Civil Veterinary Dept. Bombay admin report 1893-99 - 1893-1899
Year: 1893
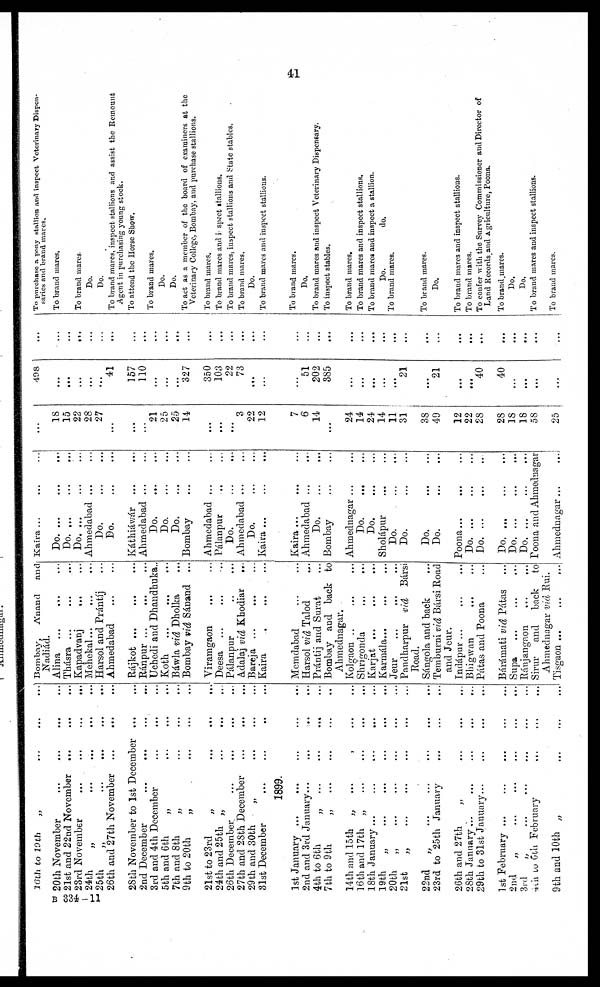
41
20th to 19th
„
...
...
...
20th November
...
...
...
...
21st and 22nd November
...
...
...
23rd November
...
...
...
...
24th
„
...
...
...
...
25th
„
...
...
...
...
26th and 27th November
...
...
...
28th November to 1st December
...
...
2nd December
...
...
...
...
3rd and 4th December
...
...
...
5th and 6th
„
...
...
...
7th and 8th
„
...
...
...
9th to 20th
„
...
...
...
21st to 23rd
„
...
...
...
24th and 25th „
...
...
...
26th December ... ... ... ...
27th and 28th December
...
...
...
29th and 30th
„
...
...
...
31st December ... ... ... ...
1899.
1st January
...
...
...
...
...
2nd and 3rd January
...
...
...
...
4th to 6th
„
...
...
...
...
7th to 9th
„
...
...
...
...
14th and 15th „
...
...
...
16th and 17th „
...
...
...
...
18th January ... ... ... ... ...
19th
„
...
...
...
...
...
20th
„
...
...
...
...
...
21st
„
...
...
...
...
...
22nd
„
...
...
...
...
...
23rd to 25th January
...
...
...
26th and 27th
„
...
...
...
28th January ... ... ... ... ...
29th to 31st January
...
...
...
...
1st February ...
2nd
„
...
...
...
...
...
3rd
„
...
...
...
...
...
4th
to 6th February ... ... ...
9th and 10th
„
...
...
...
Bombay,
A'nand
and
Nadiád.
Alina ... ... ...
Thásra
...
...
...
Kapadvanj
...
...
Mehekal
...
...
...
Harsol and Prántíj ...
Ahmedabad
...
...
Rájkot ... ... ...
Ránpur
...
...
...
Uchedi and Dhandhuka..
Koth
...
...
...
Báwla viâ Dholka ...
Bombay viâ Sánand ...
Viramgaon
...
...
Deesa ... ... ...
Pálanpur
..
...
Adalaj viâ Khodiar
...
Bareja ... ... ...
Kaira
.
...
...
Memdabad ... ...
Harsol viâ Talod ...
Prántij and Surat ...
Bombay and back to
Ahmednagar.
Kolgaon .. ... ...
Shrigonda
...
...
Karjat
...
...
...
Karmála... ... ...
Jeur ... ... ...
Pandharpur viâ Bársi
Road.
Sángola and back ...
Temburni viâ Bársi Road
and Jeur.
Indápur ... ... ...
Bhigwan ... ...
Pátas and Poona ...
Bárámati viâ Pátas ...
Supa ... ... ...
Ránjangaon
...
...
Sirur and back
to
Ahmednagar viâ Rui.
Tisgaon
...
...
...
Kaira ... ... ...
Do.
...
...
...
Do.
...
...
...
Do.
...
...
...
Ahmedabad ... ...
Do.
...
...
Do. ... ...
Káthiáwár
...
...
Ahmedabad
...
...
Do.
...
...
Do.
...
...
Do.
...
...
Bombay
...
...
Ahmedabad ... ...
Pálanpur ... ...
Do.
...
...
Ahmedabad ... ...
Do.
...
...
Kaira ... ... ...
Kaira ... ... ...
Ahmedabad
...
...
Do.
...
...
Bombay
...
...
Ahmednagar ... ...
Do.
...
...
Do.
...
...
Sholápur
...
...
Do.
...
...
Do.
...
...
Do.
...
...
Do.
...
...
Poona
...
...
...
Do.
...
...
...
Do. ... ... ...
Do. ... ... ...
Do.
...
...
...
Do. ... ... ...
Poona and Ahmednagar
Ahmednagar ... ...
...
18
15
22
28
27
...
...
...
21
25
25
14
...
...
...
3
22
12
7
6
14
...
24
14
24
14
11
31
38
49
12
22
28
28
18
18
58
25
498
...
...
...
...
...
41
157
110
...
...
...
327
350
103
22
73
...
...
...
51
202
385
...
...
...
...
...
21
...
21
...
...
40
40
...
...
...
...
...
...
...
...
...
...
...
...
...
. ...
...
...
...
...
...
...
...
...
...
...
...
...
...
...
...
...
...
...
...
...
...
...
...
...
...
...
...
...
...
To purchase a pony stallion and inspect Veterinary Dispen-
saries and brand mares.
To brand mares.
To brand mares.
Do.
Do.
To brand mares, inspect stallions and assist the Remount
Agent in purchasing young stock.
To attend the Horse Show.
To brand mares.
Do.
Do.
To act as a member of the board of examiners at the
Veterinary College, Bombay, and purchase stallions.
To brand mares.
To brand mare and inspect stallions.
To brand mare, inspect stallions and State stables.
To brand mares.
Do.
To brand mares and inspect stallions.
To brand mares.
Do.
To brand mares and inspect Veterinary Dispensary.
To inspect stables.
To brand mares.
To brand mares and inspect stallions.
To brand mares and inspect a stallion.
Do.
do.
To brand mares.
To brand mares.
Do.
To brand mares and inspect stallions.
To brand mares.
To confer with the Survey Commissioner and Director of
Land Records and Agriculture, Poona.
To brand mares.
Do.
Do.
To brand mares and inspect stallions.
To brand mares.
B 334 - 11